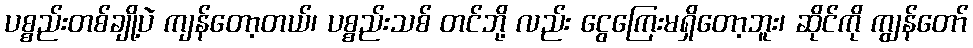
ပစ္စည်းတစ်ချို့ပဲ ကျန်တော့တယ်၊ ပစ္စည်းသစ် တင်ဘို့ လည်း ငွေကြေးမရှိတော့ဘူး၊ ဆိုင်ကို ကျွန်တော်